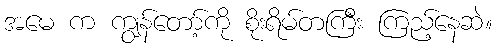
အမေ က ကျွန်တော့်ကို စိုးရိမ်တကြီး ကြည့်နေဆဲ။